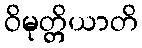
ဝိမုတ္တိယာတိ